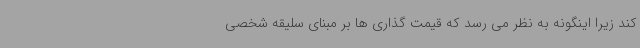
کند زیرا اینگونه به نظر می رسد که قیمت گذاری ها بر مبنای سلیقه شخصی